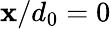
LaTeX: \mathbf{x}/d_{0}=0